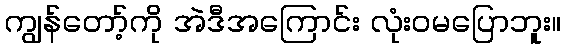
ကျွန်တော့်ကို အဲဒီအကြောင်း လုံးဝမပြောဘူး။